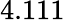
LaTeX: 4.111